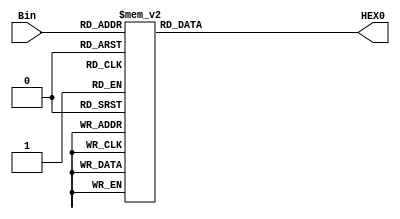
module seg_7(Bin, HEX0);
parameter n = 4;
input [n-1:0]Bin;

output reg [0:6] HEX0;
always @(*)
begin

case (Bin)
0 : HEX0 = 7'b0000001;
1 : HEX0 = 7'b1001111;
2 : HEX0 = 7'b0010010;
3 : HEX0 = 7'b0000110;
4 : HEX0 = 7'b1001100;
5 : HEX0 = 7'b0100100;
6 : HEX0 = 7'b0100000;
7 : HEX0 = 7'b0001111;
8 : HEX0 = 7'b0000000;
9 : HEX0 = 7'b0001100;
10 : HEX0 = 7'b0001000;
11 : HEX0 = 7'b1100000;
12 : HEX0 = 7'b0110001;
13 : HEX0 = 7'b1000010;
14 : HEX0 = 7'b0110000;
15 : HEX0 = 7'b0111000;
default : HEX0 = 7'b1111111;
endcase

end
endmodule